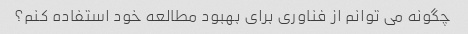
چگونه می توانم از فناوری برای بهبود مطالعه خود استفاده کنم؟